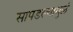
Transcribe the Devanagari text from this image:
सापडल्यामुळं